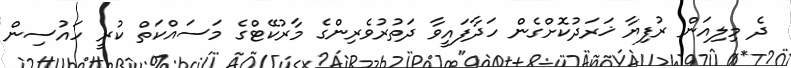
ދެ މިލިއަން ރުފިޔާ ޚަރަދުކޮށްގެން ހަދާފައީވާ ދަތުރުވެރިންގެ މާރުކޭޓްގެ މަސައްކަތް ކުރީ ހައުސިން